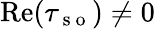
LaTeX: \mathrm{Re}(\tau_{\mathrm{~s~o~}})\neq 0